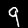
Label: 9